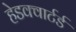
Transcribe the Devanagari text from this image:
हेडक्वार्टर्ड